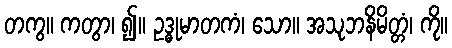
တကွ။ ကတွာ၊ ၍။ ဥဒ္ဓုမာတကံ၊ သော။ အသုဘနိမိတ္တံ၊ ကို။